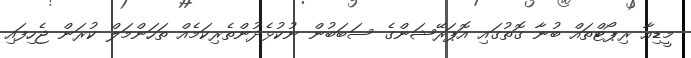
މީޑިއާ ރިޕޯޓްތައް ބުނާ ގޮތުގައި އޮޕަރޭޝަންގެ ސަބަބުން ނުކުޅެދުންތެރިކަމެއް ތަހަންމަލް ކުރަން ޖެހިފައި